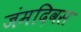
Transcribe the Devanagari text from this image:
जंमदिवस